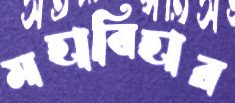
মহাবিহার